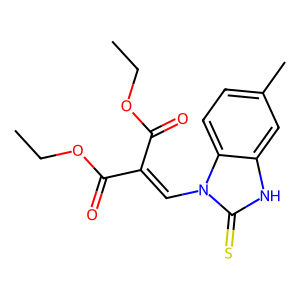
SMILES: CCOC(=O)C(=Cn1c(=S)[nH]c2cc(C)ccc21)C(=O)OCC
Inhibits HIV replication: No